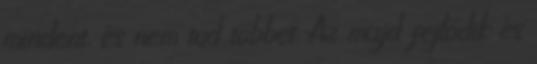
mindent, és nem tud többet. Az majd fejlődik és